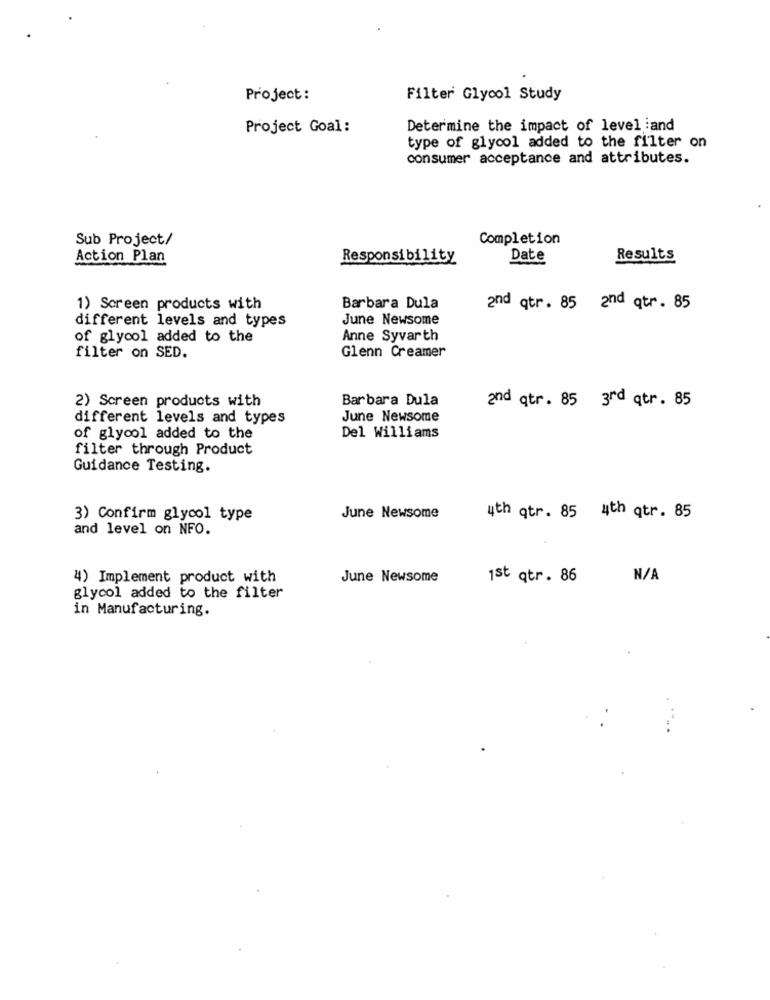
Project:
Filter Glycol Study
Project Goal:
Determine the impact of level :and
type of glycol added to the filter on
consumer acceptance and attributes.
Sub Project/
Completion
Action Plan
Responsibility
Date
Results
1) Screen products with
Barbara Dula
and qtr. 85 2nd qtr. 85
different levels and types
June Newsome
of glycol added to the
Anne Syvarth
Glenn Creamer
filter on SED.
2) Screen products with
Barbara Dula
and qtr. 85 3rd qtr. 85
different levels and types
June Newsome
of glycol added to the
Del Williams
filter through Product
Guidance Testing.
3) Confirm glycol type
June Newsome
4th qtr. 85 4th qtr. 85
and level on NFO.
4) Implement product with
June Newsome
1st qtr. 86
glycol added to the filter
in Manufacturing.